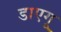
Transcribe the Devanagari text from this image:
डाएगू